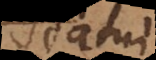
statui